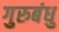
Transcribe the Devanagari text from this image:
गुरुबंधु